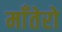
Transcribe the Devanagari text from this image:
माँतेरो